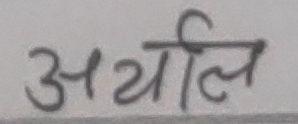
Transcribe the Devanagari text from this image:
अर्थालि